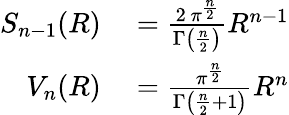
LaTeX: \begin{array}{rl}{S_{n-1}(R)}&{{}={\frac{2\, \pi^{\frac{n}{2}}}{\Gamma\left({\frac{n}{2}}\right)}}R^{n-1}}\\ {V_{n}(R)}&{{}={\frac{\pi^{\frac{n}{2}}}{\Gamma\left({\frac{n}{2}}+1\right)}}R^{n}}\end{array}